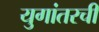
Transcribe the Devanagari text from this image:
युगांतरची